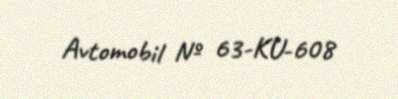
Avtomobil № 63-KU-608